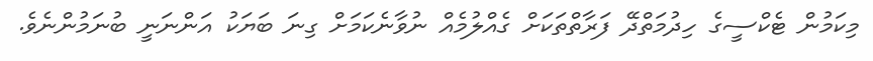
މިކަމުން ޓެކްސީގެ ހިދުމަތްދޭ ފަރާތްތަކަށް ގެއްލުމެއް ނުވާނެކަމަށް ގިނަ ބަޔަކު އަންނަނީ ބުނަމުންނެވެ.